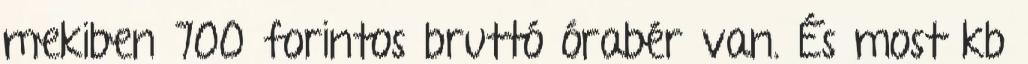
mekiben 700 forintos bruttó órabér van. És most kb